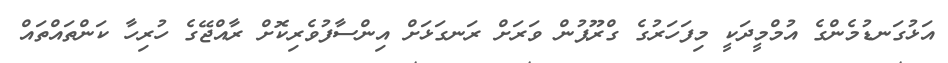
އަޅުގަނޑުމެންގެ އުމްމީދަކީ މިފަހަރުގެ ގްރޫޕުން ވަރަށް ރަނގަޅަށް އިންސާފުވެރިކޮށް ރާއްޖޭގެ ހުރިހާ ކަންތައްތައް